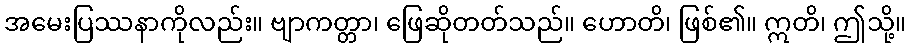
အမေးပြဿနာကိုလည်း။ ဗျာကတ္တာ၊ ဖြေဆိုတတ်သည်။ ဟောတိ၊ ဖြစ်၏။ ဣတိ၊ ဤသို့။